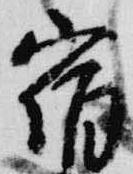
宿